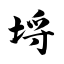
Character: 埒